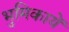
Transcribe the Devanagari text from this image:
भुमिकायें